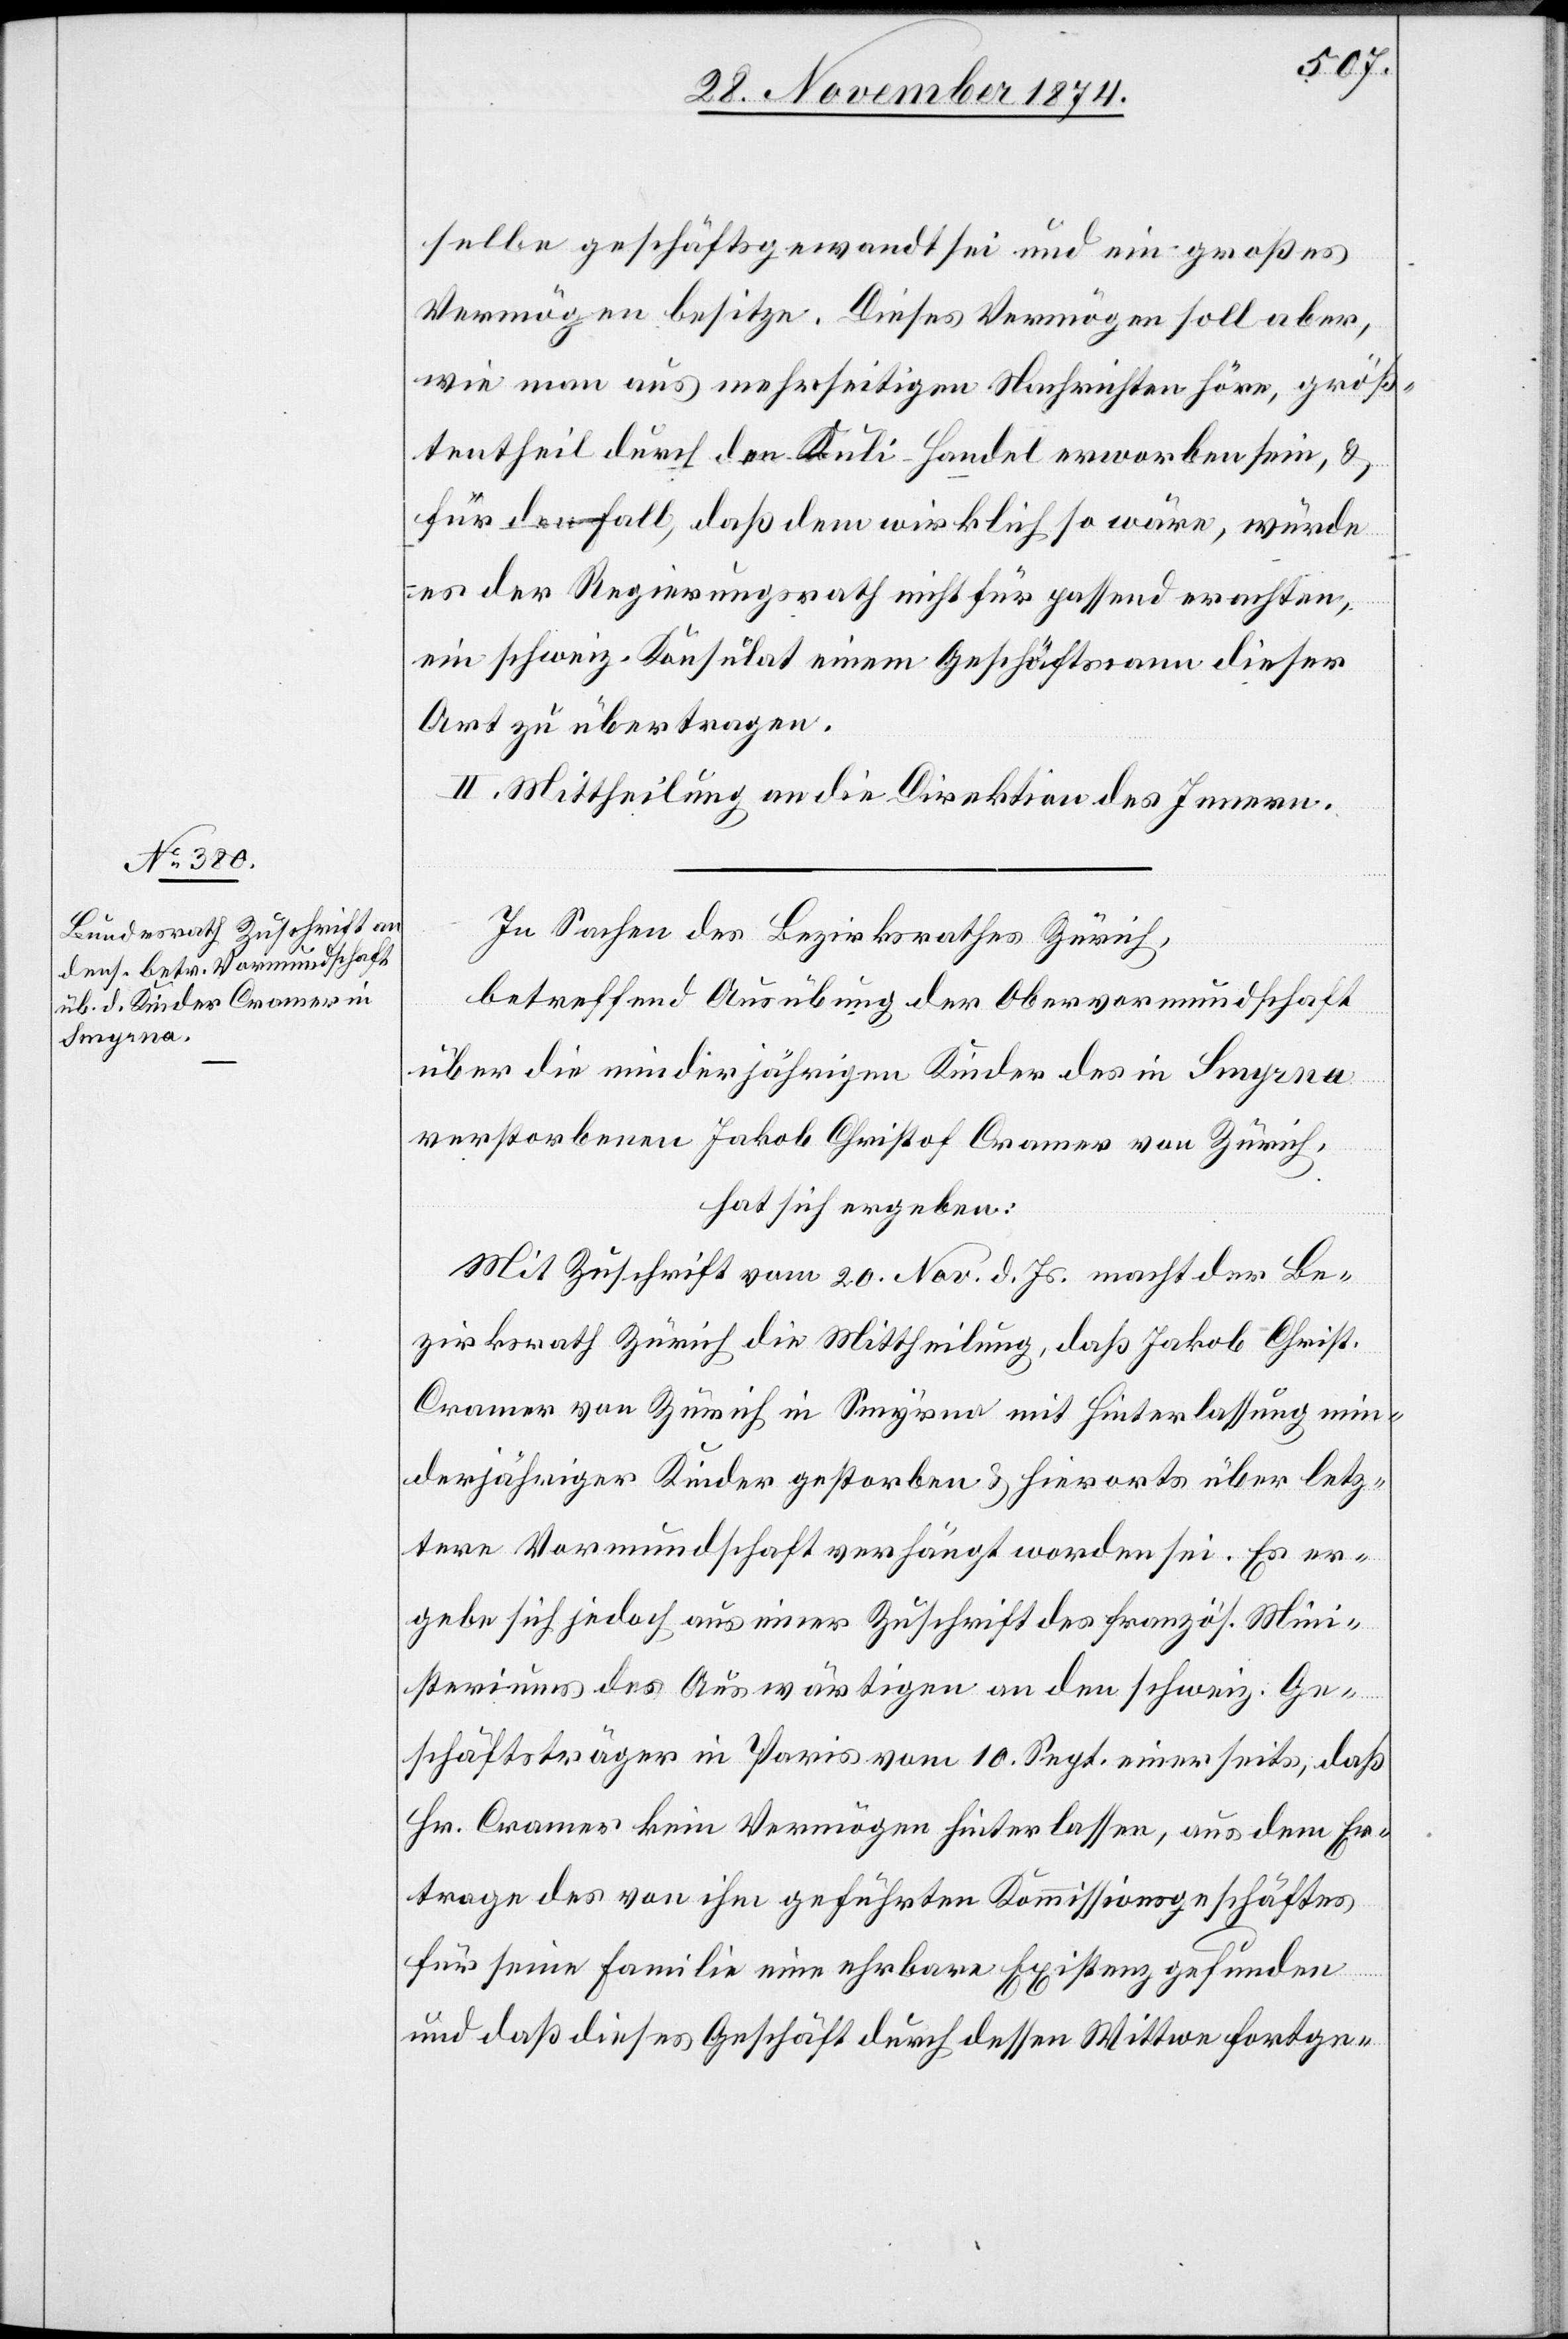
selbe geschäftsgewandt sei und ein großes
Vermögen besitze. Dieses Vermögen soll aber,
wie man aus mehrseitigen Nachrichten höre, größ¬
tentheils durch den Kuli-Handel erworben sein, &
für den Fall, daß dem wirklich so wäre, würde
es der Regierungsrath nicht für passend erachten,
ein schweiz. Konsulat einem Geschäftsmann dieser
Art zu übertragen.
II. Mittheilung an die Direktion des Innern.
In Sachen des Bezirksrathes Zürich,
betreffend Ausübung der Obervormundschaft
über die minderjährigen Kinder des in Smyrna
verstorbenen Jakob Christof Cramer von Zürich,
hat sich ergeben:
Mit Zuschrift vom 20. Nov. d. Js. macht der Be¬
zirksrath Zürich die Mittheilung, daß Jakob Christ.
Cramer von Zürich in Smyrna mit Hinterlassung min¬
derjähriger Kinder gestorben & hierorts über letz¬
tere Vormundschaft verhängt worden sei. Es er¬
gebe sich jedoch aus einer Zuschrift des französ. Mini¬
steriums des Auswärtigen an den schweiz. Ge¬
schäftsträger in Paris vom 10. Sept. einerseits, daß
Hr. Cramer kein Vermögen hinterlassen, aus dem Er¬
trage des von ihm geführten Kommissionsgeschäftes
für seine Familie eine ehrbare Existenz gefunden
und daß dieses Geschäft durch dessen Wittwe fortge-